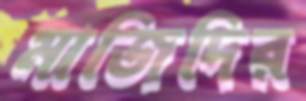
মাজিদির